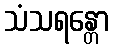
သံသရန္တော